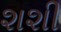
શશી